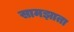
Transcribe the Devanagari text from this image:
सामझाता